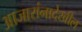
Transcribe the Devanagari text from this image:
आजारांनादेखील